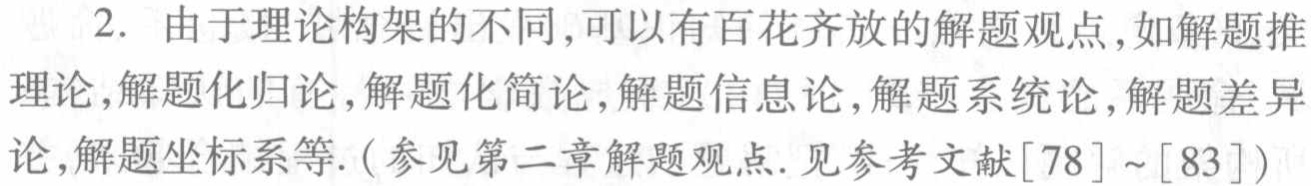
2. 由于理论构架的不同,可以有百花齐放的解题观点,如解题推理论,解题化归论,解题化简论,解题信息论,解题系统论,解题差异论,解题坐标系等.(参见第二章解题观点.见参考文献[78]~[83])